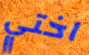
اختي